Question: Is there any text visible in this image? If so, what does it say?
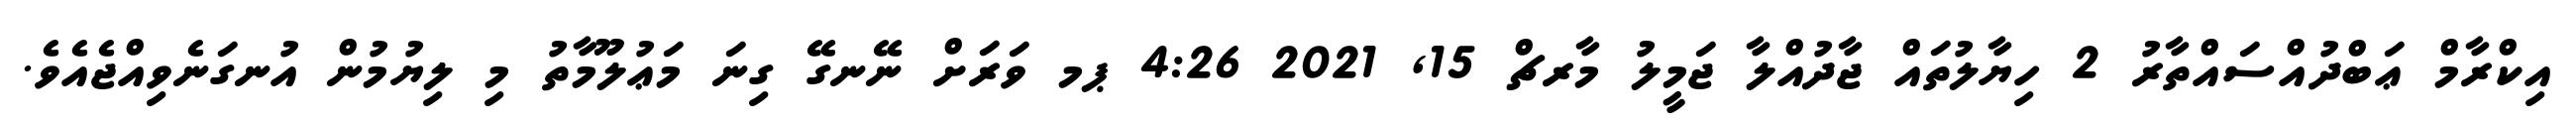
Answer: އިކްރާމް ޢަބްދުއްސައްތާރު 2 ހިޔާލުތައް ޖާދުއްލާ ޖަމީލު މާރޗް 15, 2021 4:26 ޕމ ވަރަށް ނޭނގޭ ގިނަ މަޢުލޫމާތު މި ލިޔުމުން އުނގަނެވިއްޖެއެވެ.